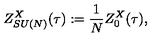
Z _ { S U ( N ) } ^ { X } ( \tau ) : = \frac { 1 } { N } Z _ { 0 } ^ { X } ( \tau ) ,